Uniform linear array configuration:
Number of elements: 4
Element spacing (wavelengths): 0.25
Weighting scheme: hann
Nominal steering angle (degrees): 0
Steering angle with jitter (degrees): -0.6879
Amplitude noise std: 0.05
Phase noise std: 0.05

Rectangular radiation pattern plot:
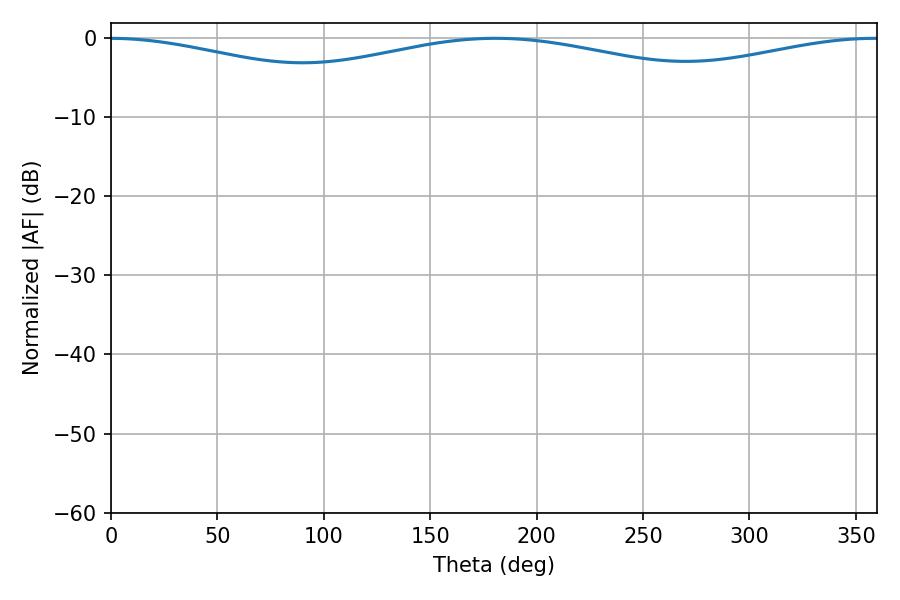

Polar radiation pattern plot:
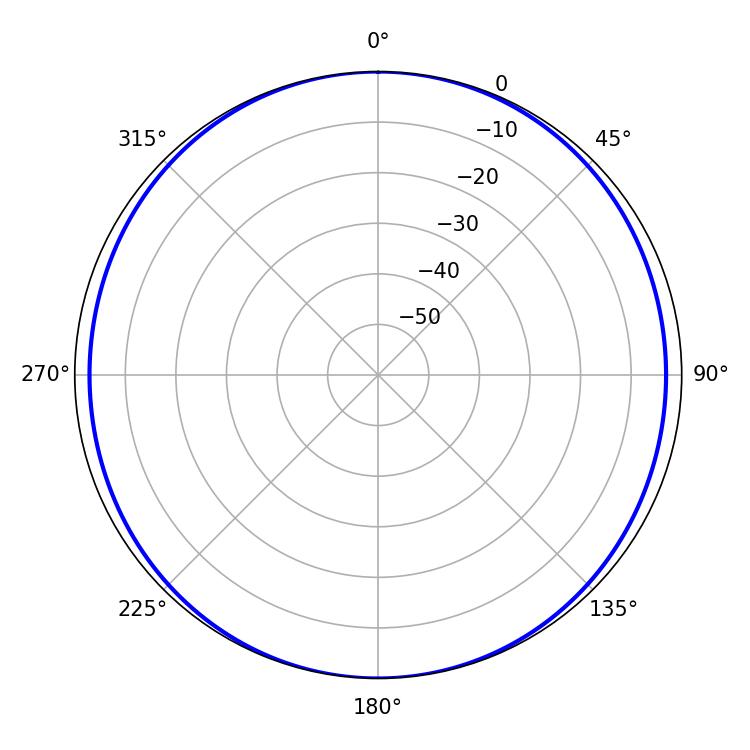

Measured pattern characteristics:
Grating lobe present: FALSE
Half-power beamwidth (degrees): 261
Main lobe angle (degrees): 180.72